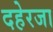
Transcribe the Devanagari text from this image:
दहेरजा